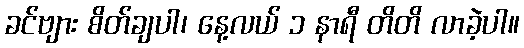
ခင်ဗျား စိတ်ချပါ၊ နေ့လယ် ၁ နာရီ တိတိ လာခဲ့ပါ။